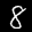
Digit: 8